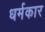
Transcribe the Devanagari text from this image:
धर्मकार